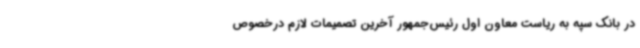
در بانک سپه به ریاست معاون اول رئیس‌جمهور آخرین تصمیمات لازم درخصوص